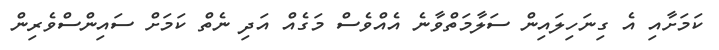
ކަމަށާއި އެ ގިނަހިލައިން ސަލާމަތްވާނެ އެއްވެސް މަގެއް އަދި ނެތް ކަމަށް ސައިންސްވެރިން